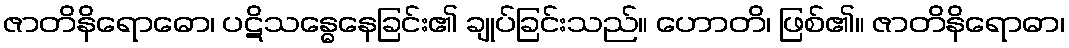
ဇာတိနိရောဓော၊ ပဋိသန္ဓေနေခြင်း၏ ချုပ်ခြင်းသည်။ ဟောတိ၊ ဖြစ်၏။ ဇာတိနိရောဓာ၊